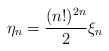
\begin{align*}\eta_{n} =\frac{(n!)^{2n}}{2} \xi_n\end{align*}